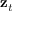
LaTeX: \mathbf { z } _ { t }